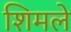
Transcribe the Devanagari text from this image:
शिमले